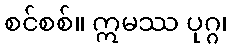
စင်စစ်။ ဣမဿ ပုဂ္ဂ၊